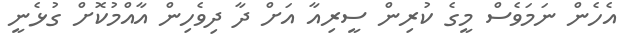
އެހެން ނަމަވެސް މީގެ ކުރިން ސީރިއާ އަށް ދާ ދިވެހިން އާއްމުކޮށް ގުޅެނީ